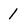
Character: 1